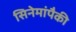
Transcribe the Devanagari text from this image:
सिनेमांपैकी